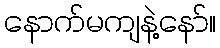
နောက်မကျနဲ့နော်။